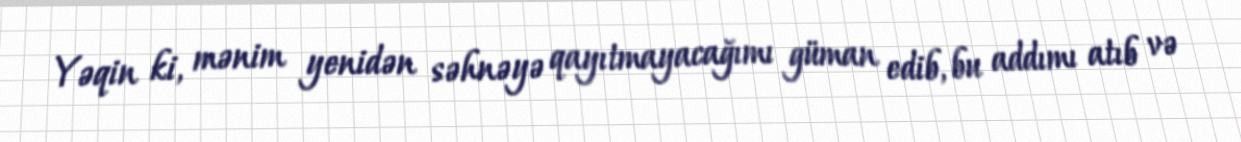
Yəqin ki, mənim yenidən səhnəyə qayıtmayacağımı güman edib, bu addımı atıb və